Report of the veterinary officer investigating camel disease
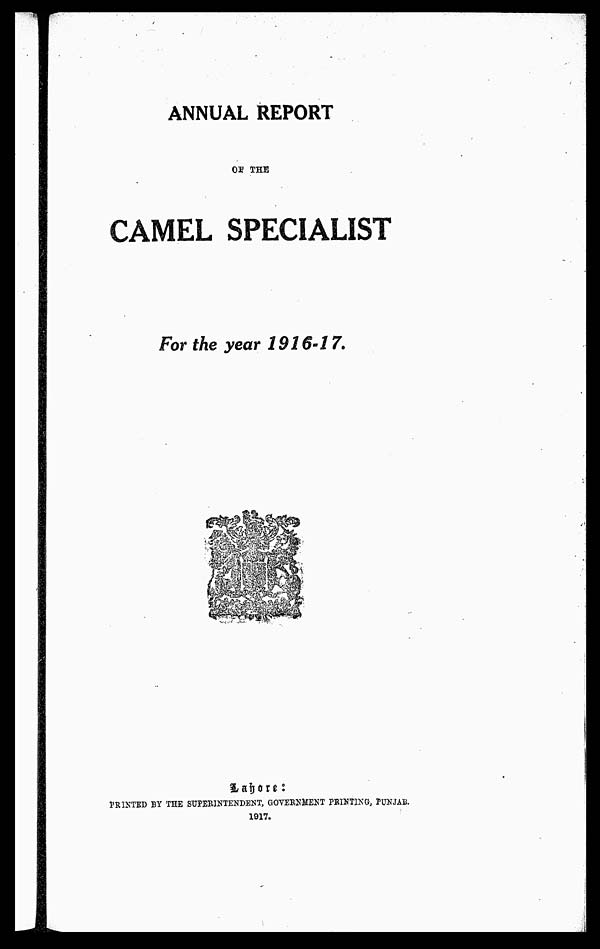
ANNUAL REPORT
OF THE
CAMEL SPECIALIST
For the year 1916-17.
Lahore :
PRINTED BY THE SUPERINTENDENT, GOVERNMENT PRINTING, PUNJAB.
1917.